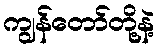
ကျွန်တော်တို့နဲ့